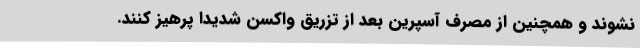
نشوند و همچنین از مصرف آسپرین بعد از تزریق واکسن شدیدا پرهیز کنند.